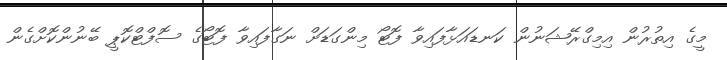
މީގެ އިތުރުން އިމިގްރޭޝަނުން ކަނޑައަޅާފައިވާ ފޮޓޯ މިންގަޑަށް ނަގާފައިވާ ފޮޓޯގެ ސޮފްޓްކޮޕީ ބޭނުންކޮށްގެން